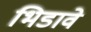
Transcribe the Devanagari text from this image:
भिडावे